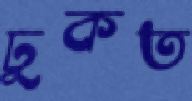
ঢুকত